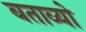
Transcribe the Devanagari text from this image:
बताव्यो